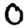
Digit: 0